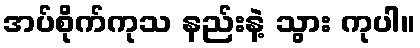
အပ်စိုက်ကုသ နည်းနဲ့ သွား ကုပါ။